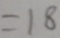
= 1 8